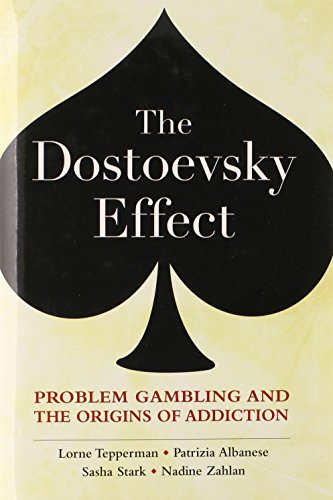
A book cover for The Dostoevsky Effect: Problem Gambling and the Origins of Addiction; Lorne Tepperman; Health, Fitness & Dieting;